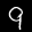
Label: 9